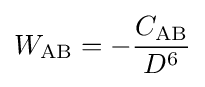
W_{\mathrm {AB} }=-{\frac {C_{\mathrm {AB} }}{D^{6}}}